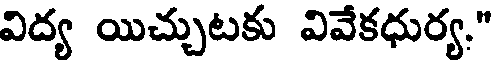
విద్య యిచ్చుటకు వివేకధుర్య."